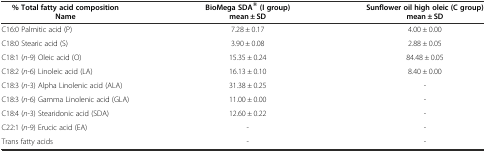
<table><thead><tr><td><b>% Total fatty acid composition Name</b></td><td><b>BioMega SDA® (I group) mean ± SD</b></td><td><b>Sunflower oil high oleic (C group) mean ± SD</b></td></tr></thead><tbody><tr><td>C16:0 Palmitic acid (P)</td><td>7.28 ± 0.17</td><td>4.00 ± 0.00</td></tr><tr><td>C18:0 Stearic acid (S)</td><td>3.90 ± 0.08</td><td>2.88 ± 0.05</td></tr><tr><td>C18:1 (<i>n</i>-9) Oleic acid (O)</td><td>15.35 ± 0.24</td><td>84.48 ± 0.05</td></tr><tr><td>C18:2 (<i>n</i>-6) Linoleic acid (LA)</td><td>16.13 ± 0.10</td><td>8.40 ± 0.00</td></tr><tr><td>C18:3 (<i>n</i>-3) Alpha Linolenic acid (ALA)</td><td>31.38 ± 0.25</td><td>-</td></tr><tr><td>C18:3 (<i>n</i>-6) Gamma Linolenic acid (GLA)</td><td>11.00 ± 0.00</td><td>-</td></tr><tr><td>C18:4 (<i>n</i>-3) Stearidonic acid (SDA)</td><td>12.60 ± 0.22</td><td>-</td></tr><tr><td>C22:1 (<i>n</i>-9) Erucic acid (EA)</td><td>-</td><td>-</td></tr><tr><td>Trans fatty acids</td><td>-</td><td>-</td></tr></tbody></table>